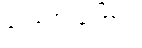
ရေဘေးကြောင့်